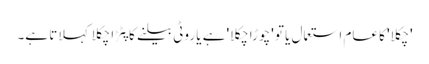
'چکلا' کا عام استعمال یا تو 'چوڑا چکلا' ہے یا روٹی بیلنے کا پٹڑا چکلا کہلاتا ہے۔